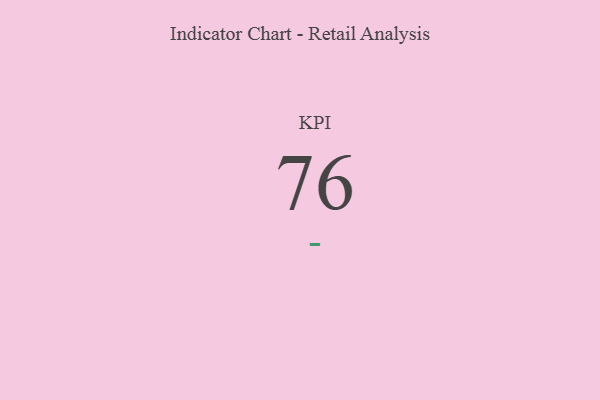
{"axis": {"x": "KPI", "y": "Value"}, "legend": [""], "data": [{"x": "KPI", "y": 76, "type": ""}]}